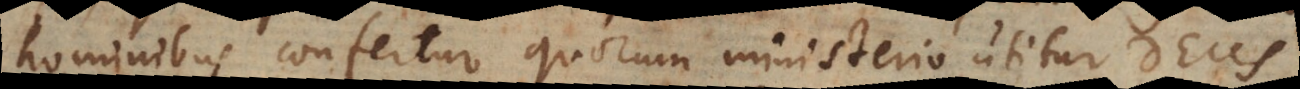
hominibus confertur, quorum ministerio utitur Deus